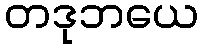
တဒုဘယေ